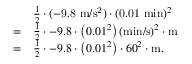
{ \begin{array} { r l } & { { \frac { 1 } { 2 } } \cdot ( \mathrm { - 9 . 8 ~ m / s ^ { 2 } } ) \cdot ( \mathrm { 0 . 0 1 ~ m i n } ) ^ { 2 } } \\ { = } & { { \frac { 1 } { 2 } } \cdot - 9 . 8 \cdot \left( 0 . 0 1 ^ { 2 } \right) ( \mathrm { m i n / s } ) ^ { 2 } \cdot \mathrm { m } } \\ { = } & { { \frac { 1 } { 2 } } \cdot - 9 . 8 \cdot \left( 0 . 0 1 ^ { 2 } \right) \cdot 6 0 ^ { 2 } \cdot \mathrm { m } . } \end{array} }